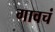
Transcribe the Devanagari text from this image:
गावचं